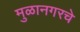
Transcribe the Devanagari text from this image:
मुळानगरचे